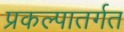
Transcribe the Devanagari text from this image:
प्रकल्पातर्गत